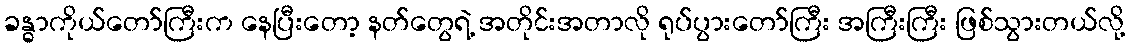
ခန္ဓာကိုယ်တော်ကြီးက နေပြီးတော့ နတ်တွေရဲ့ အတိုင်းအတာလို ရုပ်ပွားတော်ကြီး အကြီးကြီး ဖြစ်သွားတယ်လို့